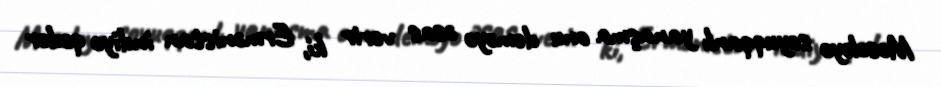
Məsələyə soyuqqanlı yanaşma onu deməyə əsas verir ki, Ermənistan indiyə qədər